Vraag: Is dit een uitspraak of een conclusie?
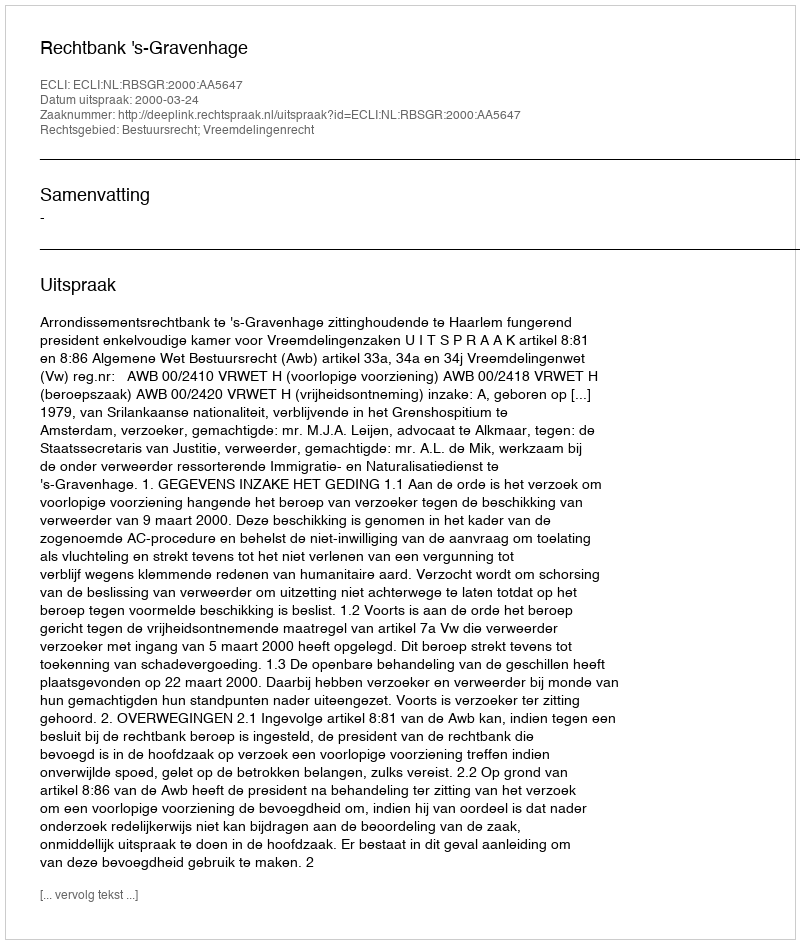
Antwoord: Uitspraak